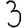
Digit: 3